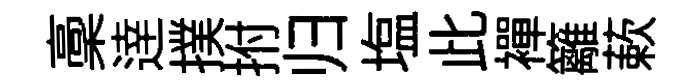
稾逹撲拊归塩此襌籬蔌